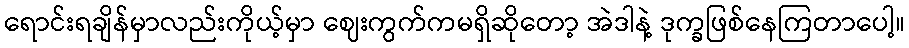
ရောင်းရချိန်မှာလည်းကိုယ့်မှာ ဈေးကွက်ကမရှိဆိုတော့ အဲဒါနဲ့ ဒုက္ခဖြစ်နေကြတာပေါ့။